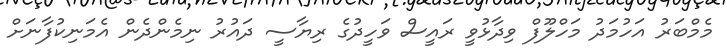
މެމްބަރު އަހުމަދު މަހްލޫފް ވިދާޅުވީ ރައީސް ވަހީދުގެ ރިޔާސީ ދައުރު ނިމެންދެން އެމަނިކުފާނަށް